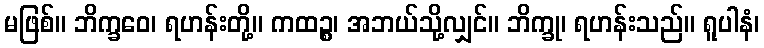
မဖြစ်။ ဘိက္ခဝေ၊ ရဟန်းတို့။ ကထဉ္စ၊ အဘယ်သို့လျှင်။ ဘိက္ခု၊ ရဟန်းသည်။ ရူပါနံ၊